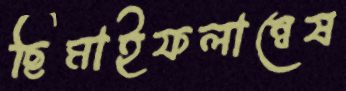
ছিমাইফলান্বেষ